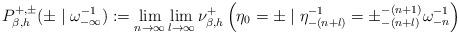
LaTeX: \begin{align*}P_{\beta,h}^{+,\pm}(\pm \mid \omega^{-1}_{-\infty}) := \lim_{n \rightarrow \infty}\lim_{l\rightarrow \infty} \nu_{\beta,h}^+ \left( \eta_0=\pm \mid \eta^{-1}_{-(n+l)} = \pm^{-(n+1)}_{-(n+l)}\omega^{-1}_{-n} \right) \end{align*}